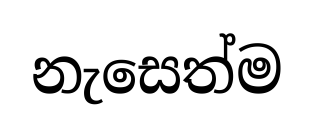
නැසෙත්ම